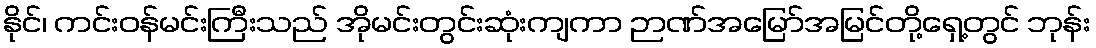
နိုင်၊ ကင်းဝန်မင်းကြီးသည် အိုမင်းတွင်းဆုံးကျကာ ဉာဏ်အမြော်အမြင်တို့ရှေ့တွင် ဘုန်း